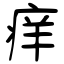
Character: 痒